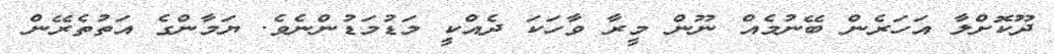
ދޫކޮށްލާ އަހަރެން ބޭނުމެއް ނޫން މީރާ ވާހަކަ ދެއްކީ މަޑުމަޑުންނެވެ. ޔަމާންގެ އަތުތެރޭން